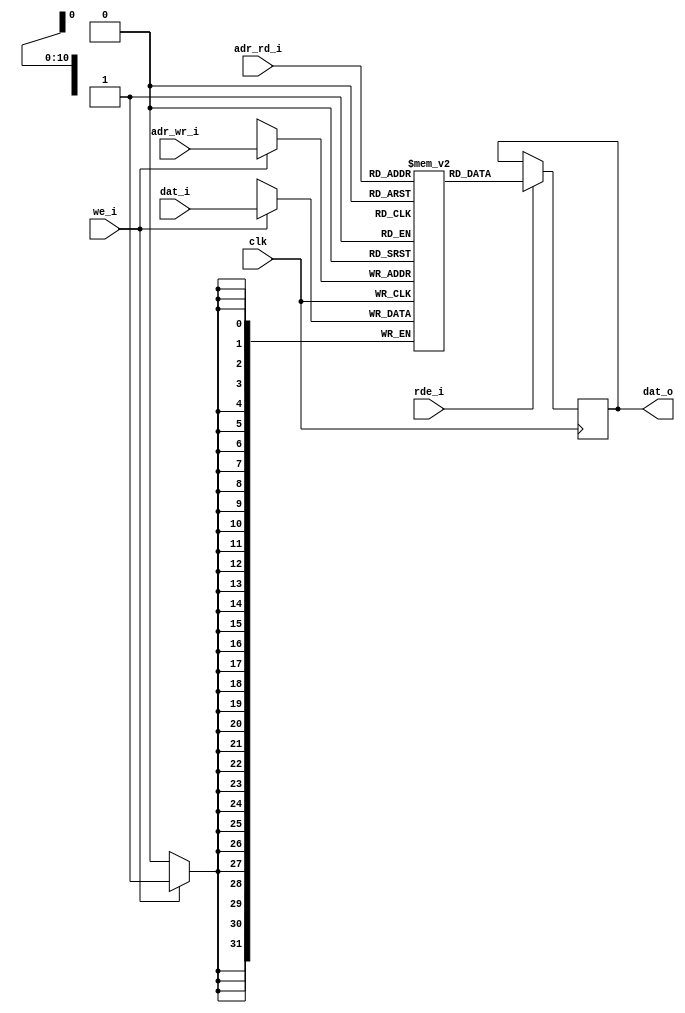
module ram (dat_i, dat_o, adr_wr_i, adr_rd_i, we_i, rde_i, clk );

   
	//Parameters
	parameter dat_width = 32;
    parameter adr_width = 11;
    parameter mem_size  = 2048;
   
   
	//Inputs, Ouputs
	input [dat_width-1:0]      dat_i;
   input [adr_width-1:0]      adr_rd_i;
   input [adr_width-1:0]      adr_wr_i;
   input 		      we_i;
   input 		      rde_i; 
   input 		      clk;   
	output reg [dat_width-1:0] dat_o;
  
  //Internal circuitry
   reg [dat_width-1:0] ram [0:mem_size - 1]; 
   
	
   always @ (posedge clk) begin 
		if (we_i)
			ram[adr_wr_i] <= dat_i;
   end 

   always @ (posedge clk) begin 
		if (rde_i)
			dat_o <= ram[adr_rd_i];
   end

endmodule